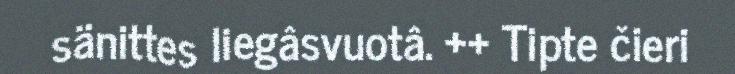
sänittes liegâsvuotâ. ++ Tipte čieri